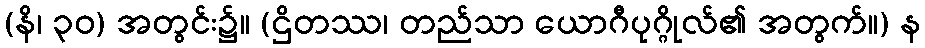
(နိ၊ ၃၀) အတွင်း၌။ (ဌိတဿ၊ တည်သာ ယောဂီပုဂ္ဂိုလ်၏ အတွက်။) န